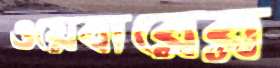
ওয়েবারের